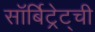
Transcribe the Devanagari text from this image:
सॉर्बिट्रेट्ची